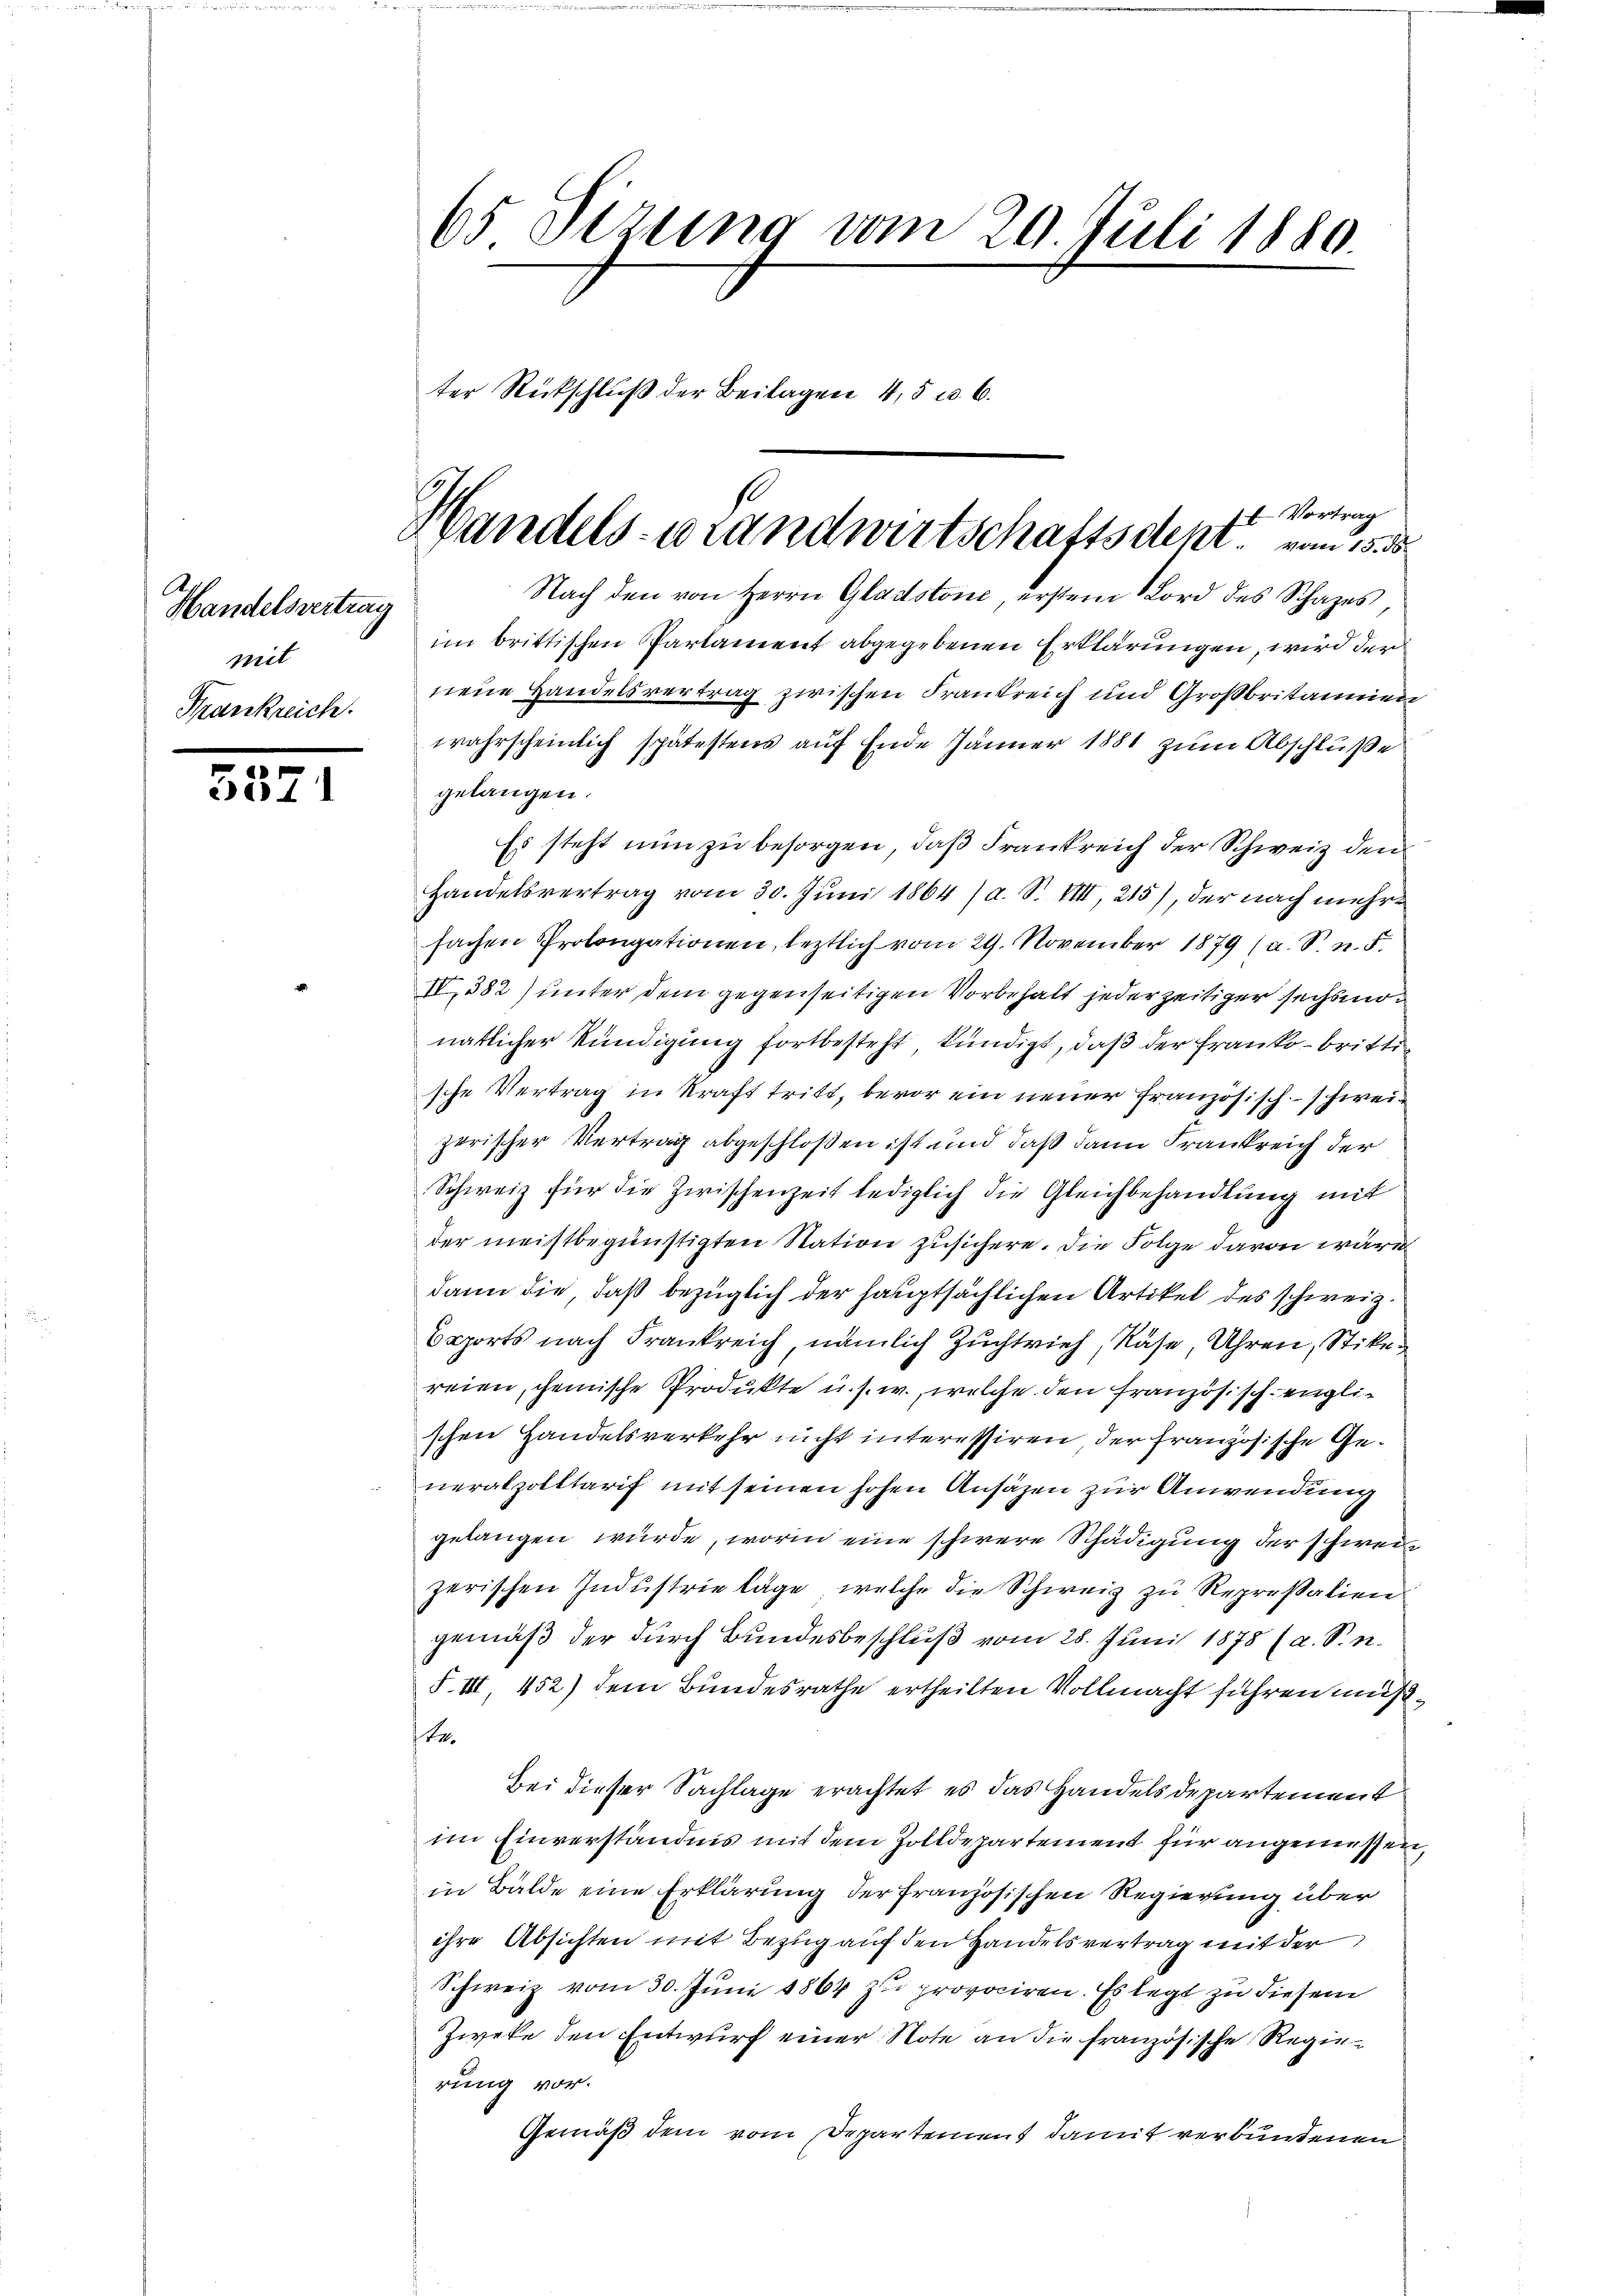
Handelsvertrag
mit

3371

ter Rückschluß der Beilagen 4, 5 u. 6.
Nach den von Herrn Gladstone, erstern Mord des Schazes
im brittischen Parlament abgegebenen Erklärungen, wird der
Krankreich. eine Handelsvertrag zwischen Frankreich und Großbritanien
wahrscheinlich spätestens auf Ende Jänner 1881 zum Abschluße
gelangen.
Es steht nun zu besorgen, daß Frankreich der Schweiz den
Handelsvertrag vom 30. Juni 1864 / a. S. VIII, 215), der nach mehr
fachen Prolongationen, leztlich vom 29. November 1879 (a. S. n. F.
IV, 582) unter dem gegenseitigen Vorbehalt jederzeitiger sechsmonatlicher Kündigung fortbesteht, kündigt, daß der Franko - britte
sche Vertrag in Kraft tritt, bevor ein neuer französisch – schweizerischer Vertrag abgeschloßen ist und daß dann Frankreich der
Schweiz für die Zwischenzeit lediglich die Gleichbehandlung mit
der meistbegünstigten Station zusichere. Die Folge davon wäre
dann die, daß bezüglich der hauptsächlichen Artikel des schweiz.
Coports nach Frankreich, nämlich Zuchtrief, Nase, Uhren, Stike
reien, cheinische Produkte u. s. w., welche den Französisch englischen Handelsverkehr nicht interessiren, der französische Generalzolltarif mit seinen hohen Ansäzen zur Anwendung
gelangen würde, worin eine schwere Schädigung der schweizerischen Industrie läge, welche die Schweiz zu Repressalien
gemäß der durch Bundesbeschluß vom 28. Juni 1875 (a. S. n.
F. III 452) dem Bundesrathe ertheilten Vollmacht führen muß
te.
Bei dieser Sachlage erachtet es das Handels departement
im Einverständnis mit dem Zolldepartement für angemessen,
in Bälde eine Erklärung der französischen Regierung über
ihre Absichten mit Bezug auf den Handelsvertrag mit der
Schweiz vom 30. Juni 1864 zu provociren. Es legt zu diesem
Zweke den Entwurf einer Note an die französische Regierung vor.
Gemäß dem vom Departement damit verbundenen

65 Sizung vom 20. Juli 1880.

-Vortrag
Handels-Brandwirtschaftsdekr. vom 15. d